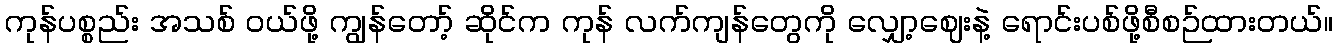
ကုန်ပစ္စည်း အသစ် ဝယ်ဖို့ ကျွန်တော့် ဆိုင်က ကုန် လက်ကျန်တွေကို လျှော့ဈေးနဲ့ ရောင်းပစ်ဖို့စီစဉ်ထားတယ်။